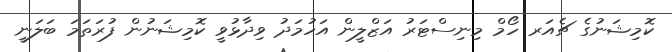
ކޮމިޝަނުގެ ޗެއަރ ހޯމް މިނިސްޓަރު އަޒްލީން އަހުމަދު ވިދާޅުވީ ކޮމިޝަނުން ފުރަތަމަ ބަލަނީ